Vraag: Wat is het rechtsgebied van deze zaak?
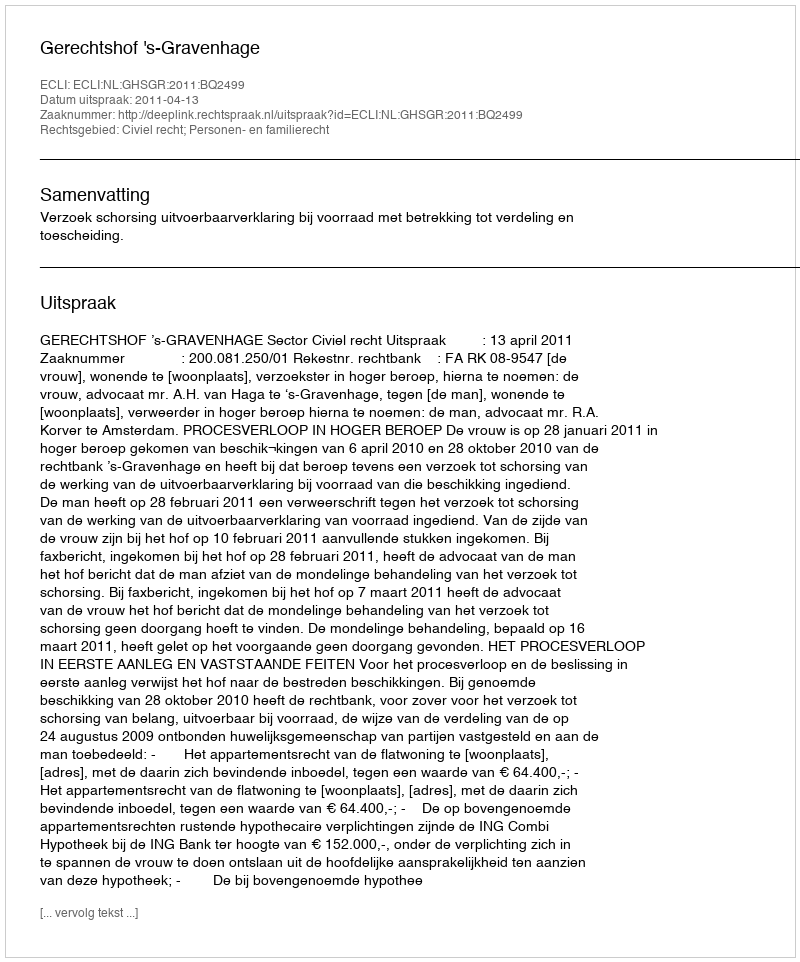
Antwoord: Civiel recht; Personen- en familierecht